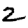
Digit: 2